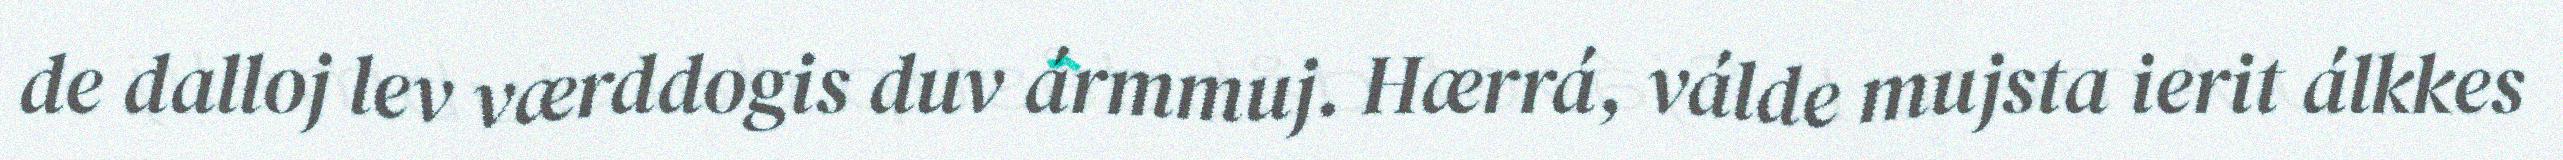
de dalloj lev værddogis duv ármmuj. Hærrá, válde mujsta ierit álkkes